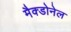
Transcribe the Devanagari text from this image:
मैक्डोनेल